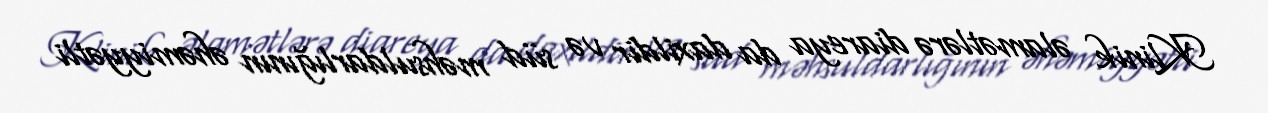
Klinik əlamətlərə diareya da daxildir və süd məhsuldarlığının əhəmiyyətli